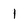
Character: 1